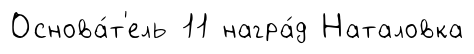
Основа́т'ель 11 награ́д Наталовка